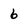
Character: 6